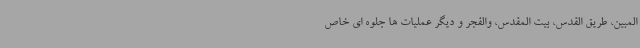
المبین، طریق القدس، بیت المقدس، والفجر و دیگر عملیات ها جلوه ای خاص